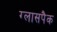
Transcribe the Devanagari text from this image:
ग्लासपैक